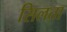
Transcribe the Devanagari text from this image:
सिलता